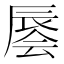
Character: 𰺭